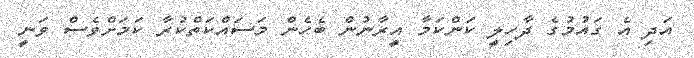
އަދި އެ ގައުމުގެ ދާހިލީ ކަންކަމާ އީރާނުން ބެހެން މަސައްކަތްކުރާ ކަމަށްވެސް ވަނީ